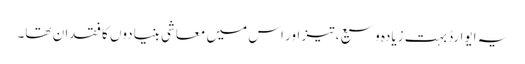
یہ ایوارڈ بہت زیادہ وسیع، تیز اور اس میں معاشی بنیادوں کا فقدان تھا۔